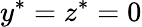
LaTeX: {{y}^{*}}={{z}^{*}}=0